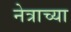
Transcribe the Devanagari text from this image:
नेत्राच्या